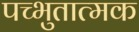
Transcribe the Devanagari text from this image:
पच्भुतात्मक